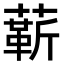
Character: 龩